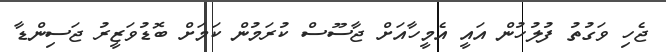
ޖެހި ވަގުތު ފުލުހުން އައީ އެމީހާއަށް ޖާސޫސް ކުރަމުން ކަމަށް ބޮޑުވަޒީރު ޖަސިންޑާ